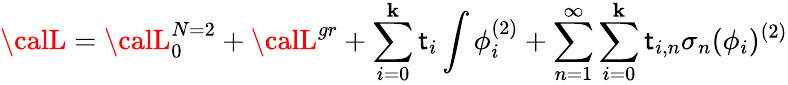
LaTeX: {\calL}={\calL}_{0}^{N=2}+{\calL}^{gr}+\sum_{i=0}^{\mathbf{k}}\mathsf{t}_{i}\int\phi_{i}^{(2)}+\sum_{n=1}^{\infty}\sum_{i=0}^{\mathbf{k}}\mathsf{t}_{i,n}\sigma_{n}(\phi_{i})^{(2)}